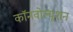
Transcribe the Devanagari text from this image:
कॉनवोल्यूशन